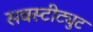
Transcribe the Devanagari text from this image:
सबस्टीट्युट